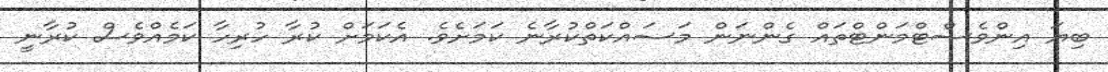
ބިޔަ އިންވެސްޓްމަންޓްތައް ގެންނަން މަސައްކަތްކުރާނެ ކަމަށެވެ. އެކަމަށް ކުރާ ހުރިހާ ކަމެއްވެސް ކުރާނީ